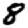
Digit: 8